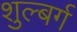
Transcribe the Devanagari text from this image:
शुल्बर्ग